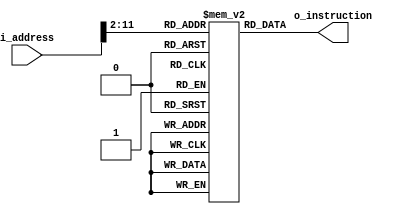
//Instructions Memory
`timescale 1ns/1ps

module Pipeline_Instruction_rom(	i_address, o_instruction );
input [31:0] i_address;
output  [31:0] o_instruction;

reg [31:0]	rom [0:2**10-1];

assign	o_instruction=rom[i_address[31:2]];

endmodule